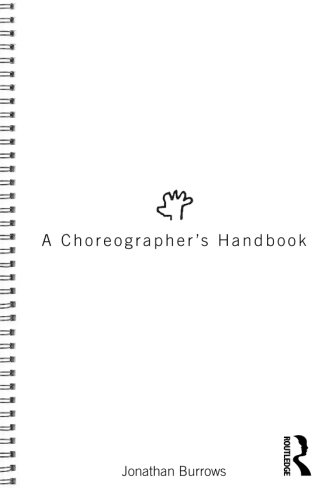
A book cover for A Choreographer's Handbook; Jonathan Burrows; Humor & Entertainment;